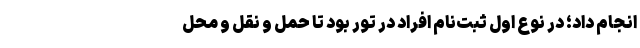
انجام داد؛ در نوع اول ثبت‌نام افراد در تور بود تا حمل و نقل و محل